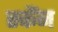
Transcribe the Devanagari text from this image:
स्कैंन